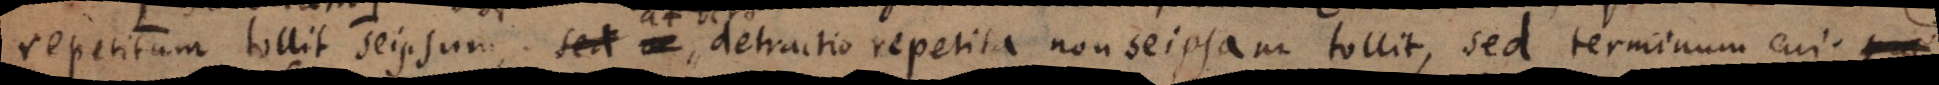
repetitum tollit seipsum, sed – detractio repetita non seipsam tollit, sed terminum